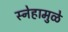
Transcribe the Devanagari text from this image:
स्नेहामुळे